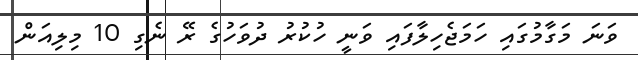
ވަނަ މަގާމުގައި ހަމަޖެހިލާފައި ވަނީ ހުކުރު ދުވަހުގެ ރޭ ނެގި 10 މިލިއަން